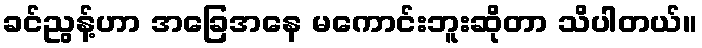
ခင်ညွန့်ဟာ အခြေအနေ မကောင်းဘူးဆိုတာ သိပါတယ်။